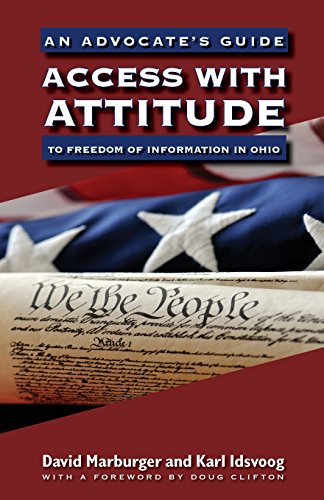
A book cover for Access with Attitude: An Advocate's Guide to Freedom of Information in Ohio; David Marburger; Law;